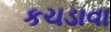
કચડાવા